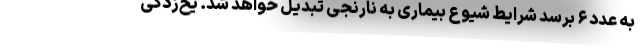
به عدد ۶ برسد شرایط شیوع بیماری به نارنجی تبدیل خواهد شد. یخ‌زدگی